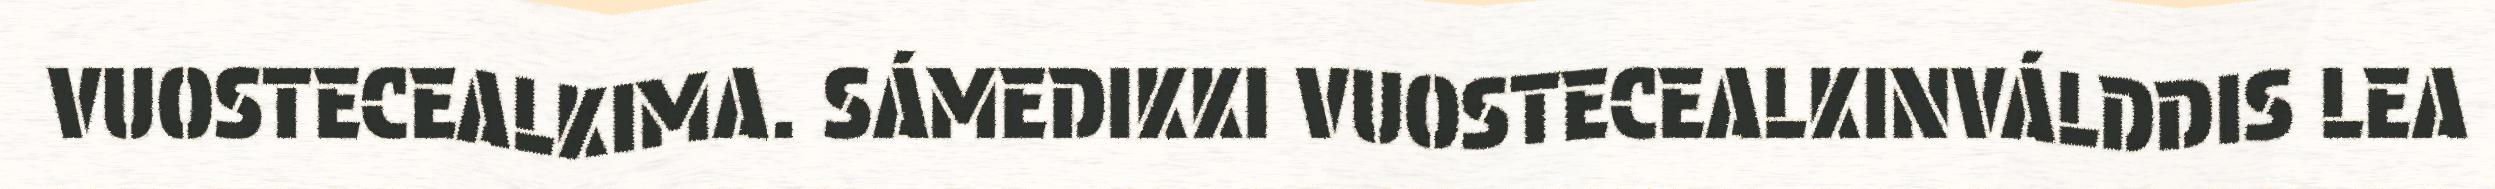
VUOSTECEALKIMA. SÁMEDIKKI VUOSTECEALKINVÁLDDIS LEA